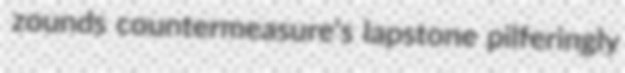
zounds countermeasure's lapstone pilferingly